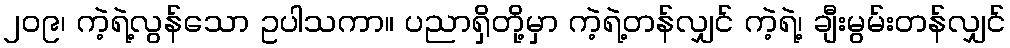
၂၀၉၊ ကဲ့ရဲ့လွန်သော ဥပါသကာ။ ပညာရှိတို့မှာ ကဲ့ရဲ့တန်လျှင် ကဲ့ရဲ့၊ ချီးမွမ်းတန်လျှင်